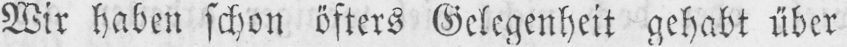
Wir haben schon öfters Gelegenheit gehabt über